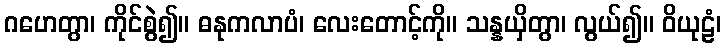
ဂဟေတွာ၊ ကိုင်စွဲ၍။ ဓနုကလာပံ၊ လေးတောင့်ကို။ သန္နယှိတွာ၊ လွယ်၍။ ဝိယုဠံ၊